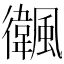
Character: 𩙃